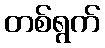
တစ်ရွက်